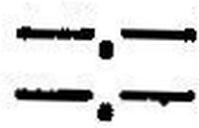
—.—